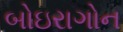
બોઇરાગોન